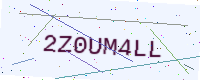
Text: 2Z0UM4LL